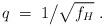
LaTeX: \begin{align*}q \;=\; 1 \big/ \sqrt{f_H} ~.\end{align*}